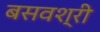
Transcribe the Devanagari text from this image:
बसवश्री